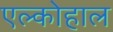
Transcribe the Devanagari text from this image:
एल्कोहाल